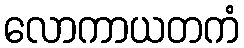
လောကာယတကံ